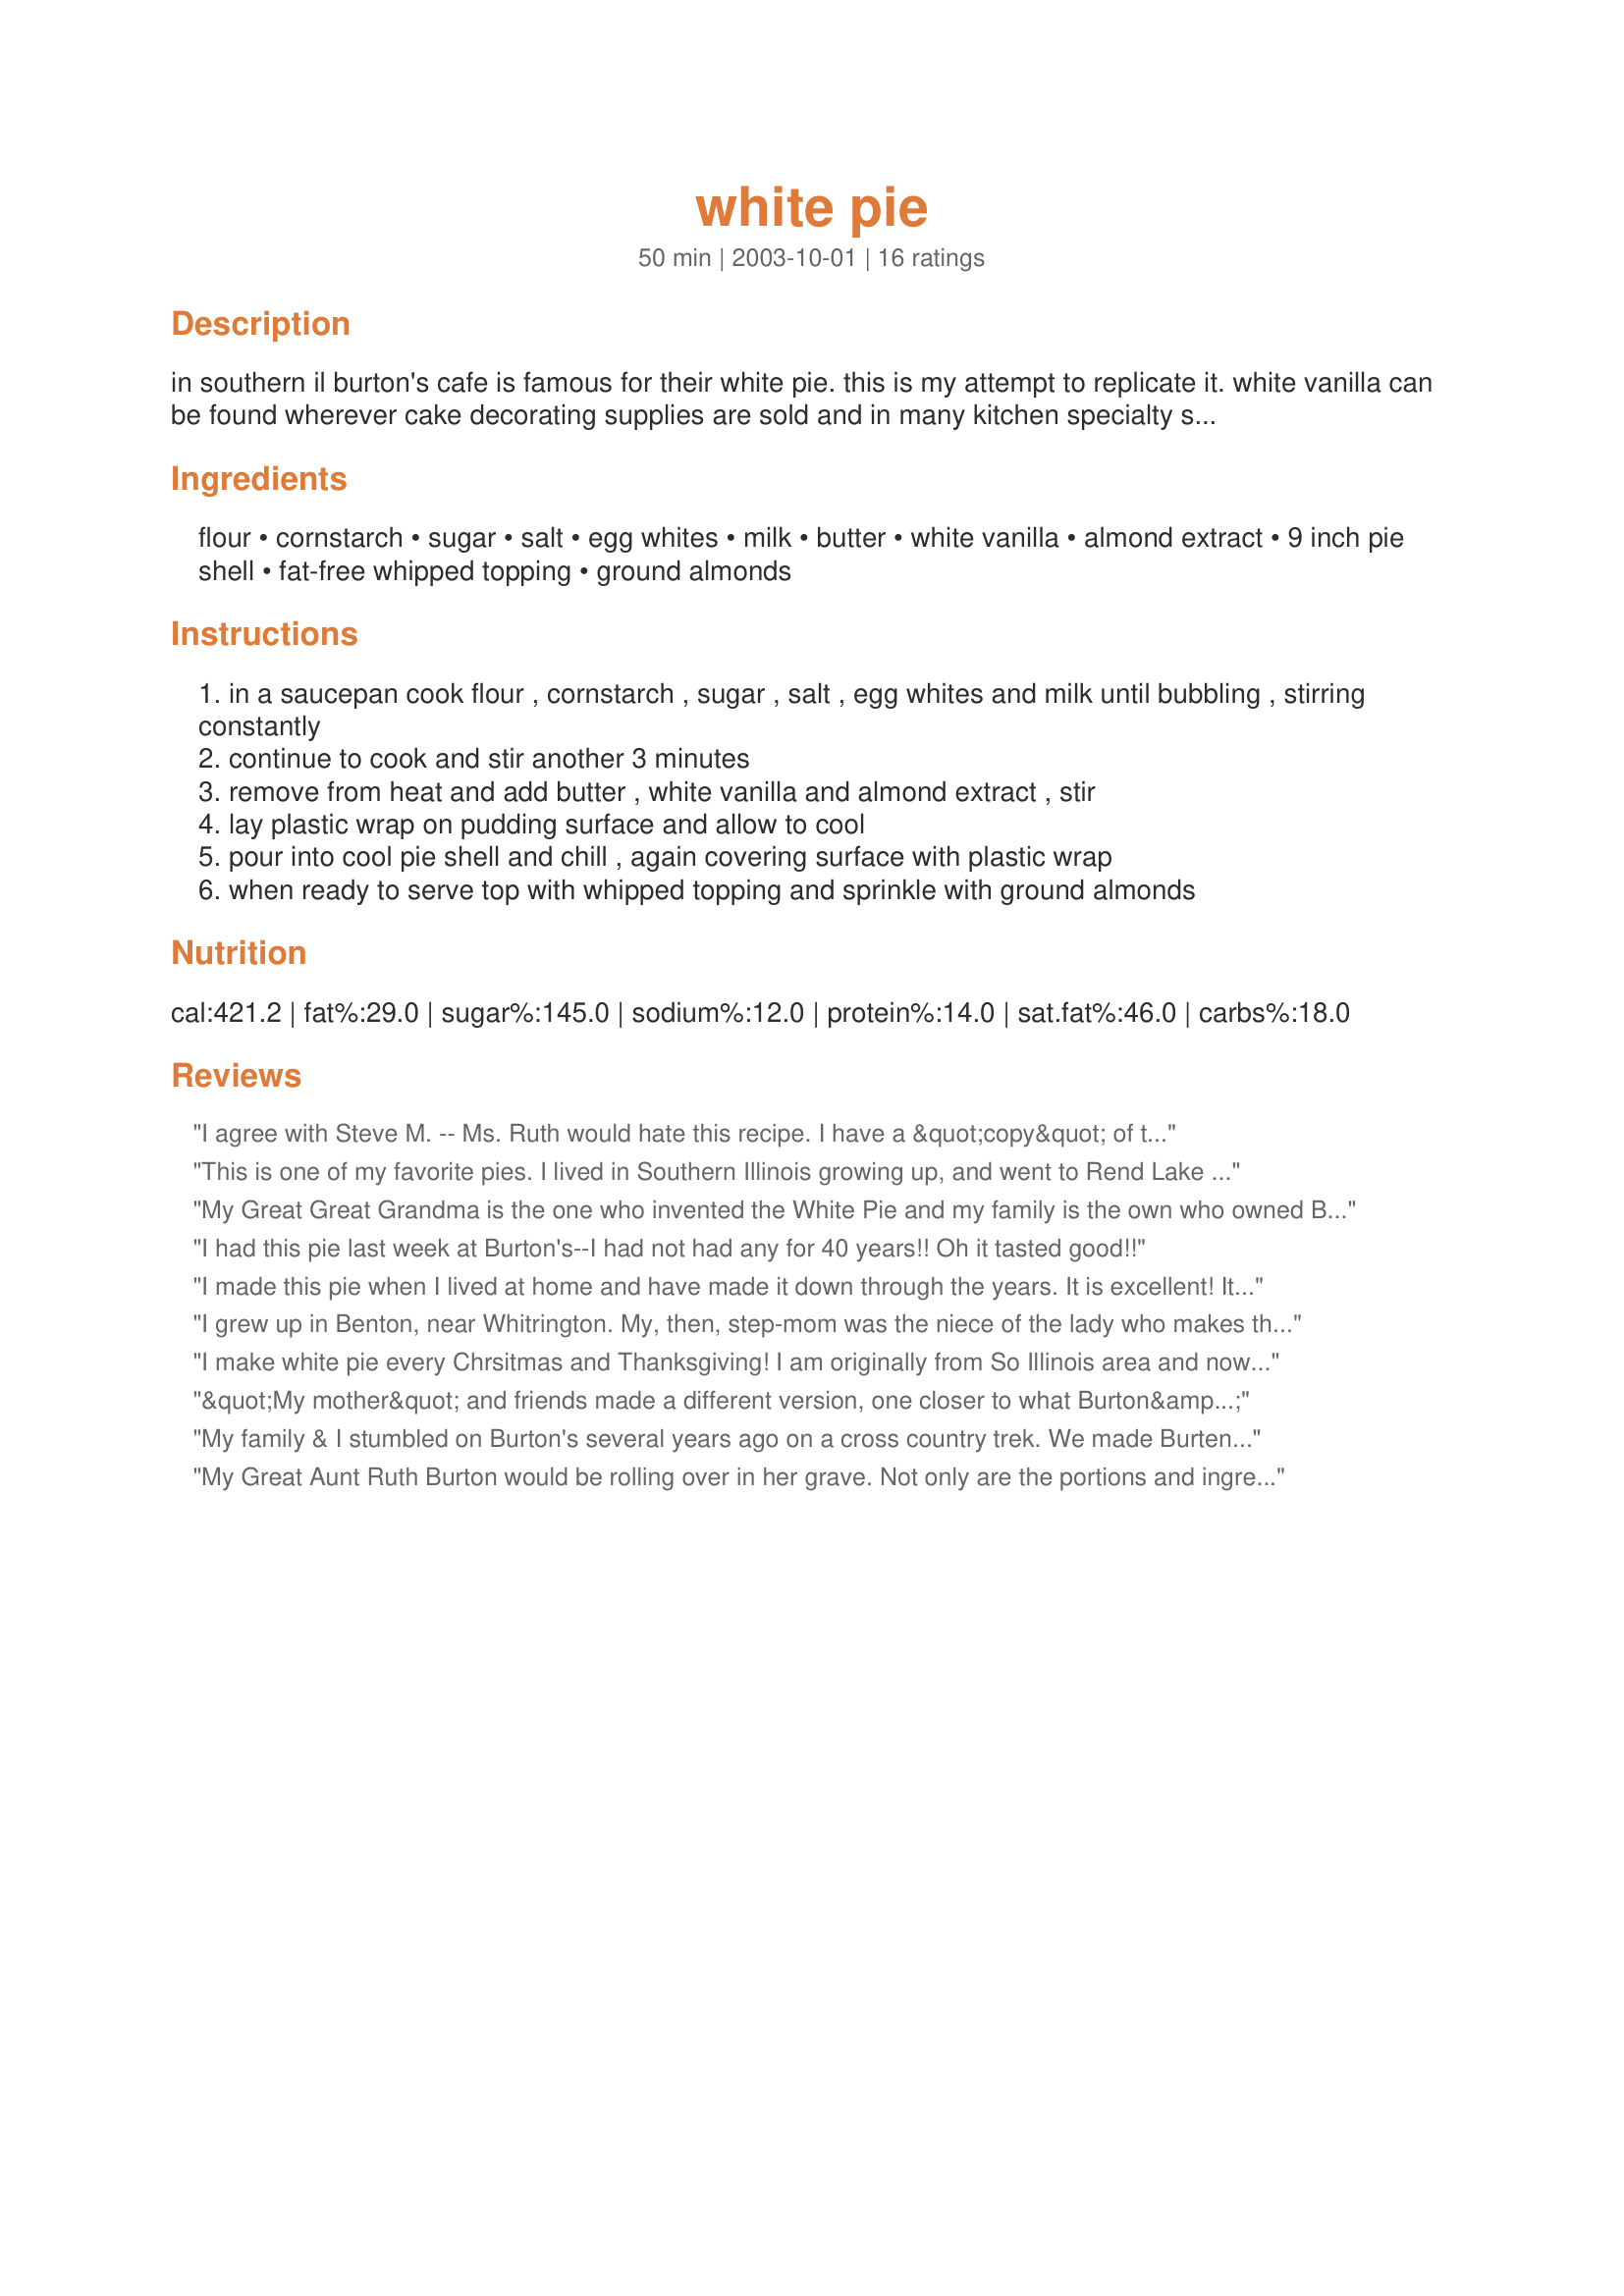
white pie
Preparation time: 50 minutes

in southern il burton's cafe is famous for their white pie. this is my attempt to replicate it. white vanilla can be found wherever cake decorating supplies are sold and in many kitchen specialty shops. prep and cook times do not include pie crust. cook time is chill time.

Ingredients:
flour, cornstarch, sugar, salt, egg whites, milk, butter, white vanilla, almond extract, 9 inch pie shell, fat-free whipped topping, ground almonds

Steps:
in a saucepan cook flour , cornstarch , sugar , salt , egg whites and milk until bubbling , stirring constantly
continue to cook and stir another 3 minutes
remove from heat and add butter , white vanilla and almond extract , stir
lay plastic wrap on pudding surface and allow to cool
pour into cool pie shell and chill , again covering surface with plastic wrap
when ready to serve top with whipped topping and sprinkle with ground almonds

Reviews:
I agree with Steve M. -- Ms. Ruth would hate this recipe. I have a &quot;copy&quot; of the original and this is not at all like the pie served ate Burton&#039;s cafe. The only thing it that it is &quot;white&quot;.
This is one of my favorite pies. I lived in Southern Illinois growing up, and went to Rend Lake College 71. Having thie pie at Burton's was the very best. I had the recipe for years, then lost it. It took some time to locate it again. Not many people outside of S.I. know about this wonderful pie.
My Great Great Grandma is the one who invented the White Pie and my family is the own who owned Burton Cafe. Great PIE!
I had this pie last week at Burton's--I had not had any for 40 years!! Oh it tasted good!!
I made this pie when I lived at home and have made it down through the years. It is excellent! It is different than any pie you will ever make. So easy!
I grew up in Benton, near Whitrington. My, then, step-mom was the niece of the lady who makes the pies at Burton's. She had the recipe and made white pie all of the time. I don't have the recipe, but I remeber it invloved marshmallow cream in the filling. You might try to incorporate that.
I make white pie every Chrsitmas and Thanksgiving! I am originally from So Illinois area and now live in DENVER CO.

Brought this recipe out to the wild wild west and the new family loves the pie as much as we do in Illinois!
&quot;My mother&quot; and friends made a different version, one closer to what Burton&#039;s used to serve when I was a boy. As my mom used to say, dirties every pan in the kitchen but well worth it. I&#039;m making one for Thanksgiving.
My family & I stumbled on Burton's several years ago on a cross country trek. We made Burten's part of the annual trek JUST for the White Pie. I too,have tried to replicate it. Thanks for the recipe. I could get either the consistency or the flavor but never both @ the same time. I put meringue on top instead of a whipped topping. The kids don't want anyone to try this pie off the dessert table - just so they can have more!!
My Great Aunt Ruth Burton would be rolling over in her grave. Not only are the portions and ingredients wrong, but the preparation is wrong too. This is a family recipe, handed down from one generation to the next. We all know what goes into it and how it&#039;s made. One glaring mistake is the addition of almonds and almond extract. The pie never had it and never will.
Wow! I made this because it sounded so different, but man did my family love it. My husband found this pie to be especially "uneven", requiring multiple trips to the fridge to "even" the edges. Wonderful, wonderful recipe.
This came out so good. I followed the directions. I didn&#039;t have the nuts so I didn&#039;t sprinkle anything on top. It still was delicious. It held its shape after it was cut instead of the filling spreading out onto the plate. My husband and son says this is a keeper.
This is so easy and absolutely wonderful. I made this and took it to my neighbor's house to share with a cup of coffee. She said it tasted like homemade ice cream. I just thought it tasted great. Made as directed. Don't need to change a thing. My pie shell was eebrag's No-Fail Piecrust which turned out wonderful, again. Thanks for a great keeper.
I did a search for this recip online and cannot believe to have found it linked to Burton's cafe...I am originally from southern IL and use to buy a piece from the cafeteria at Rend Lake College...YUMMY
Glad to have found the recipe to make for my family.Thanks!
I am originally from New England and this is my dad's all time favorite pie and one of my very favorites!!! His great grandmother used to make it and I have no idea where the family's recipe originated from though I doubt IL as we have never had relatives or friends from there. Wherever it comes from, it is gorgeous. The family called and calls it graham cracker pie as a graham crust (homemade) was always used. Many thanks for posting it!!
My DH's grandma, is 92 and from Sesser, IL, I had never heard of White Pie til I met her, she is still baking and cooking!! Her pies are great!
